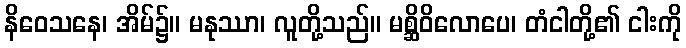
နိဝေသနေ၊ အိမ်၌။ မနုဿာ၊ လူတို့သည်။ မစ္ဆိဝိလောပေ၊ တံငါတို့၏ ငါးကို